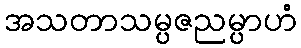
အသတာသမ္ပဇညမ္ပာဟံ